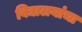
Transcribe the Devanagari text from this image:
विद्यालयांचा